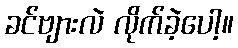
ခင်ဗျားလဲ လိုက်ခဲ့ပေါ့။